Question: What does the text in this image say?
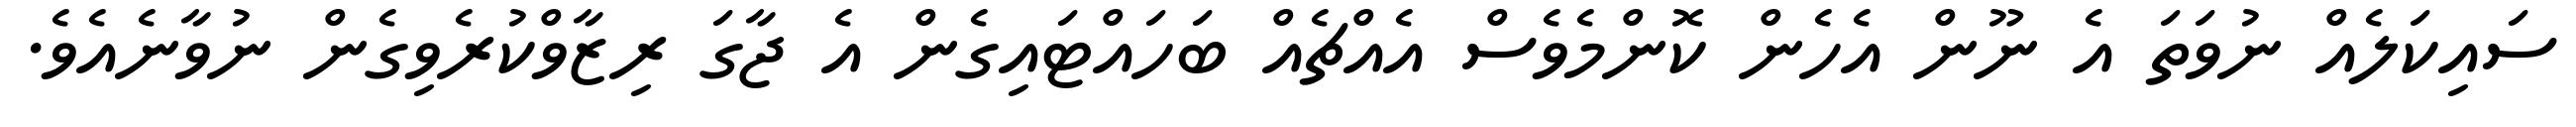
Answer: ސައިކަލެއް ނުވަތަ އެ ނޫން އެހެން ކޮންމެވެސް އެއްޗެއް ބަހައްޓައިގެން އެ ޖާގަ ރިޒާވްކުރެވިގެން ނުވާނެއެވެ.